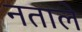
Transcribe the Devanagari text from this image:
नताले